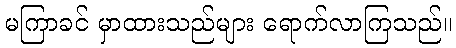
မကြာခင် မှာထားသည်များ ရောက်လာကြသည်။